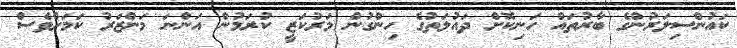
ކައުންސިލަރުންގެ ބާރުތައް ހަނިކޮށް ދައުލަތުގެ ހިންގުން މަރުކަޒީ ކުރަމުން އަންނަ މަންޒަރު ކަމަށްވެސް